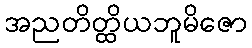
အညတိတ္ထိယဘူမိဇော